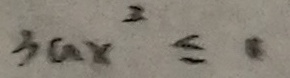
3 a x ^ { 2 } \leq 0